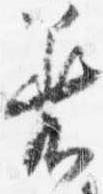
着